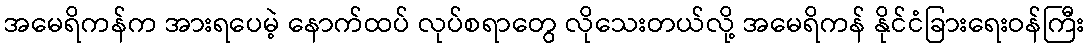
အမေရိကန်က အားရပေမဲ့ နောက်ထပ် လုပ်စရာတွေ လိုသေးတယ်လို့ အမေရိကန် နိုင်ငံခြားရေးဝန်ကြီး